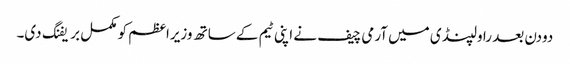
دودن بعد راولپنڈی میں آرمی چیف نے اپنی ٹیم کے ساتھ وزیراعظم کو مکمل بریفنگ دی۔